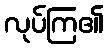
လုပ်ကြ၏